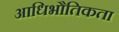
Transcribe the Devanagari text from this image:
आधिभौतिकता